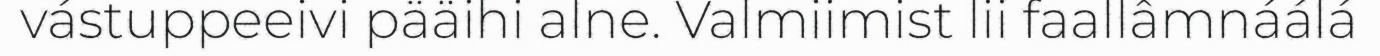
vástuppeeivi pääihi alne. Valmiimist lii faallâmnáálá